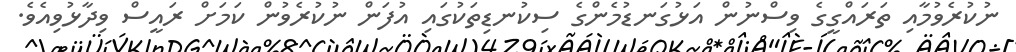
ނުކުރެވުމާއި ތަރައްގީގެ ވިސްނުން އަޅުގަނޑުމެންގެ ސިކުނޑިތަކުގައި އުފަން ނުކުރެވުން ކަމަށް ރައީސް ވިދާޅުވިއެވެ.